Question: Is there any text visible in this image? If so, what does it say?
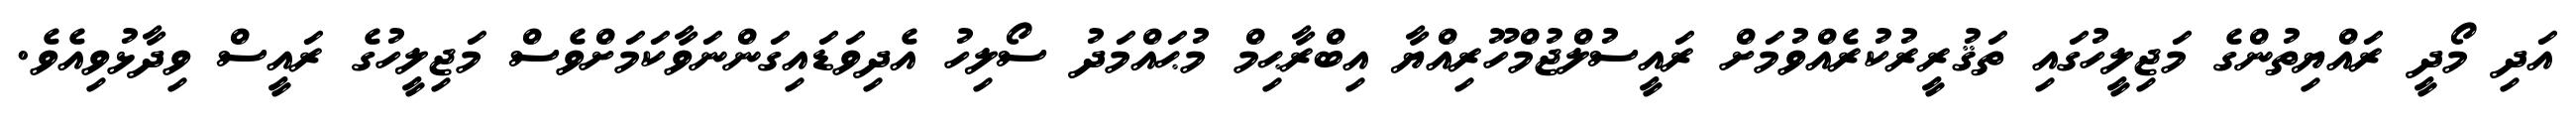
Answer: އަދި މޯދީ ރައްޔިތުންގެ މަޖިލީހުގައި ތަޤުރީރުކުރެއްވުމަށް ރައީސުލްޖުމްހޫރިއްޔާ އިބްރާޙިމް މުޙައްމަދު ސޯލިހު އެދިވަޑައިގަންނަވާކަމަށްވެސް މަޖިލީހުގެ ރައީސް ވިދާޅުވިއެވެ.